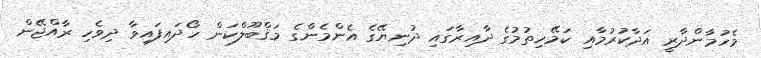
މެހުމާންދާރީ އަދާކުރުމާއި ކަމޭހިތުމުގެ ދާއިރާގައި ދުނިޔޭގެ އެންމެންގެ މަޤްބޫލްކަން ހޯދައިފައިވާ ދިވެހި ރާއްޖޭން